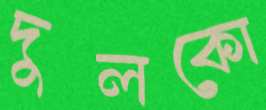
দুলকো